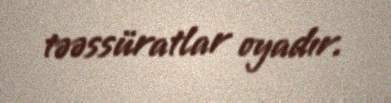
təəssüratlar oyadır.